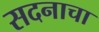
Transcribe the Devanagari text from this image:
सदनाचा